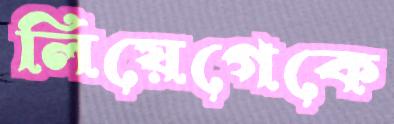
লিয়েগেকে